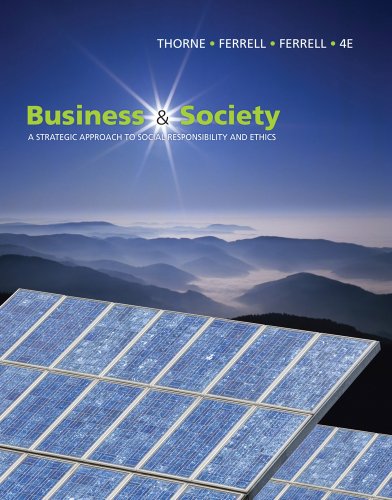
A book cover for Business and Society: A Strategic Approach to Social Responsibility (Available Titles CourseMate); Debbie Thorne McAlister; Business & Money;